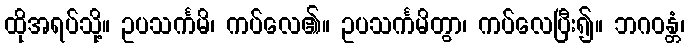
ထိုအရပ်သို့။ ဥပသင်္ကမိ၊ ကပ်လေ၏။ ဥပသင်္ကမိတွာ၊ ကပ်လေပြီး၍။ ဘဂဝန္တံ၊